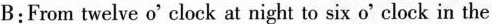
B:From twelve o'clock at night to six o'clock in the